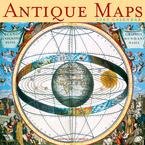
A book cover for Antique Maps 2009 Calendar (Multilingual Edition); Calendars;